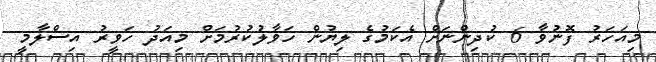
މިއަހަރު ފޮނުވާ 6 ކުދިންނަށް އެކަމުގެ ލިޔުން ހަވާލުކުރުމަށް މިއަދު ހަވީރު އިސްލާމީ